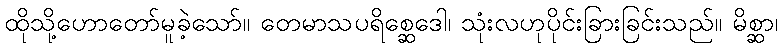
ထိုသို့ဟောတော်မူခဲ့သော်။ တေမာသပရိစ္ဆေဒေါ၊ သုံးလဟုပိုင်းခြားခြင်းသည်။ မိစ္ဆာ၊